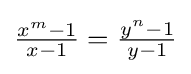
{\tfrac {x^{m}-1}{x-1}}={\tfrac {y^{n}-1}{y-1}}